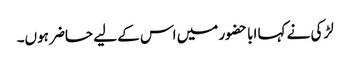
لڑکی نے کہا ابا حضور میں اس کے لیے حاضر ہوں۔